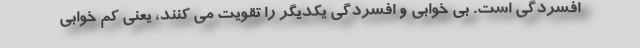
افسردگی است. بی خوابی و افسردگی یکدیگر را تقویت می کنند، یعنی کم خوابی